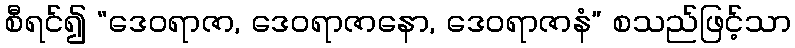
စီရင်၍ “ဒေဝရာဇာ, ဒေဝရာဇာနော, ဒေဝရာဇာနံ” စသည်ဖြင့်သာ